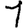
Digit: 1